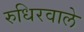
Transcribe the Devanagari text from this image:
रुधिरवाले